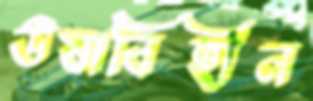
ঊষাবিহীন